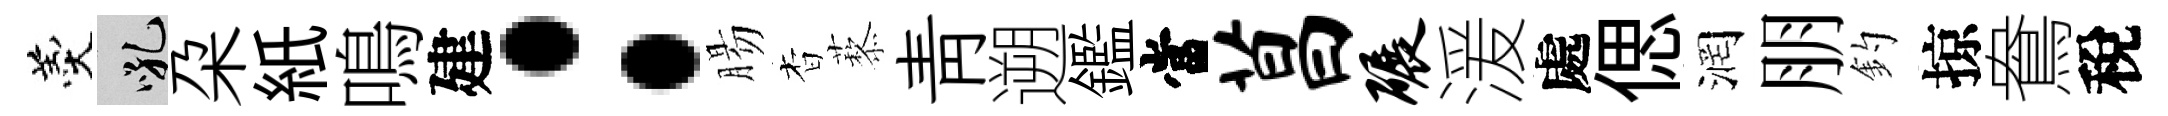
羹吼朶紙鳴建：腸杳藜青遡鑑當菖碾湲處偲润朋釣掠鴦稅